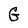
Character: G